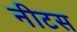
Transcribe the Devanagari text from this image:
नीटस